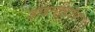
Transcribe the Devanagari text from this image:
डाइमस्टॉप